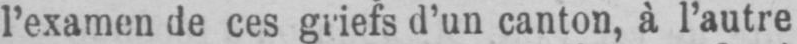
l’examen de ces griefs d’un canton, à l’autre